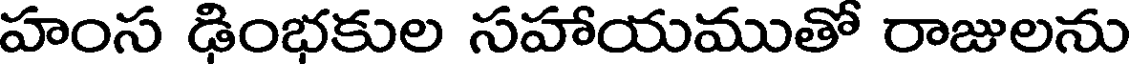
హంస డింభకుల సహాయముతో రాజులను